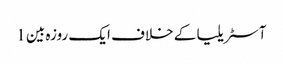
آسٹریلیا کے خلاف ایک روزہ بین 1